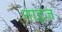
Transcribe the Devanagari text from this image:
नाइज़